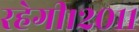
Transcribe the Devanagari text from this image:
रहेगी।२०११